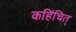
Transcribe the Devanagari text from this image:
कहिंचित्‌